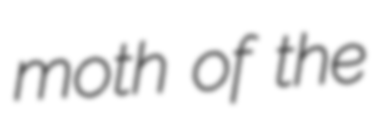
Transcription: moth of the